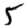
Digit: 5